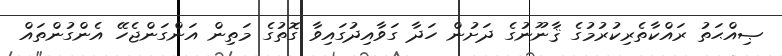
ޞިއްޙަތު ރައްކާތެރިކުރުމުގެ ޤާނޫނުގެ ދަށުން ހަދާ ގަވާއިދުގައިވާ ގޮތުގެ މަތިން އަންގަންޖެހޭ އެންގުންތައް